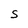
Character: S